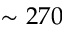
\sim 2 7 0